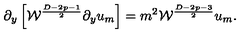
\partial _ { y } \left[ { \cal W } ^ { \frac { D - 2 p - 1 } { 2 } } \partial _ { y } u _ { m } \right] = m ^ { 2 } { \cal W } ^ { \frac { D - 2 p - 3 } { 2 } } u _ { m } .